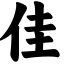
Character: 佳